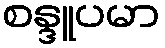
စန္ဒူပမာ